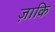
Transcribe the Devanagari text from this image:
ज़ाकि